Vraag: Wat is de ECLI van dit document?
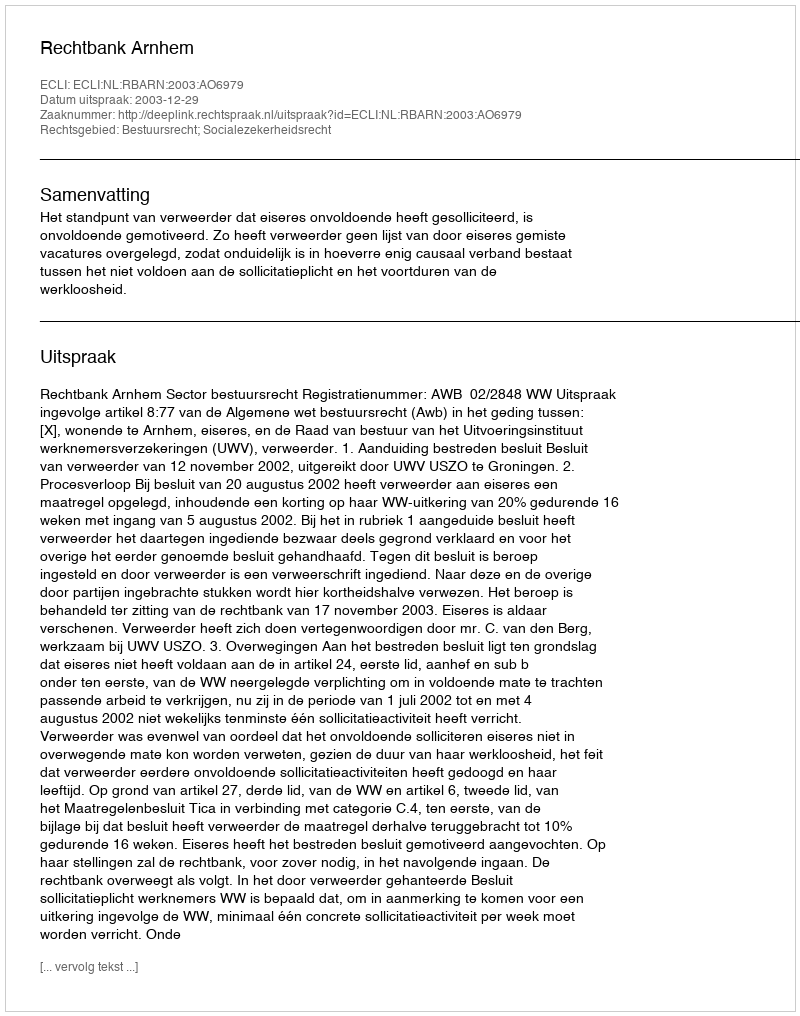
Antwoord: ECLI:NL:RBARN:2003:AO6979